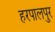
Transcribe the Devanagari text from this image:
हरपालपुर